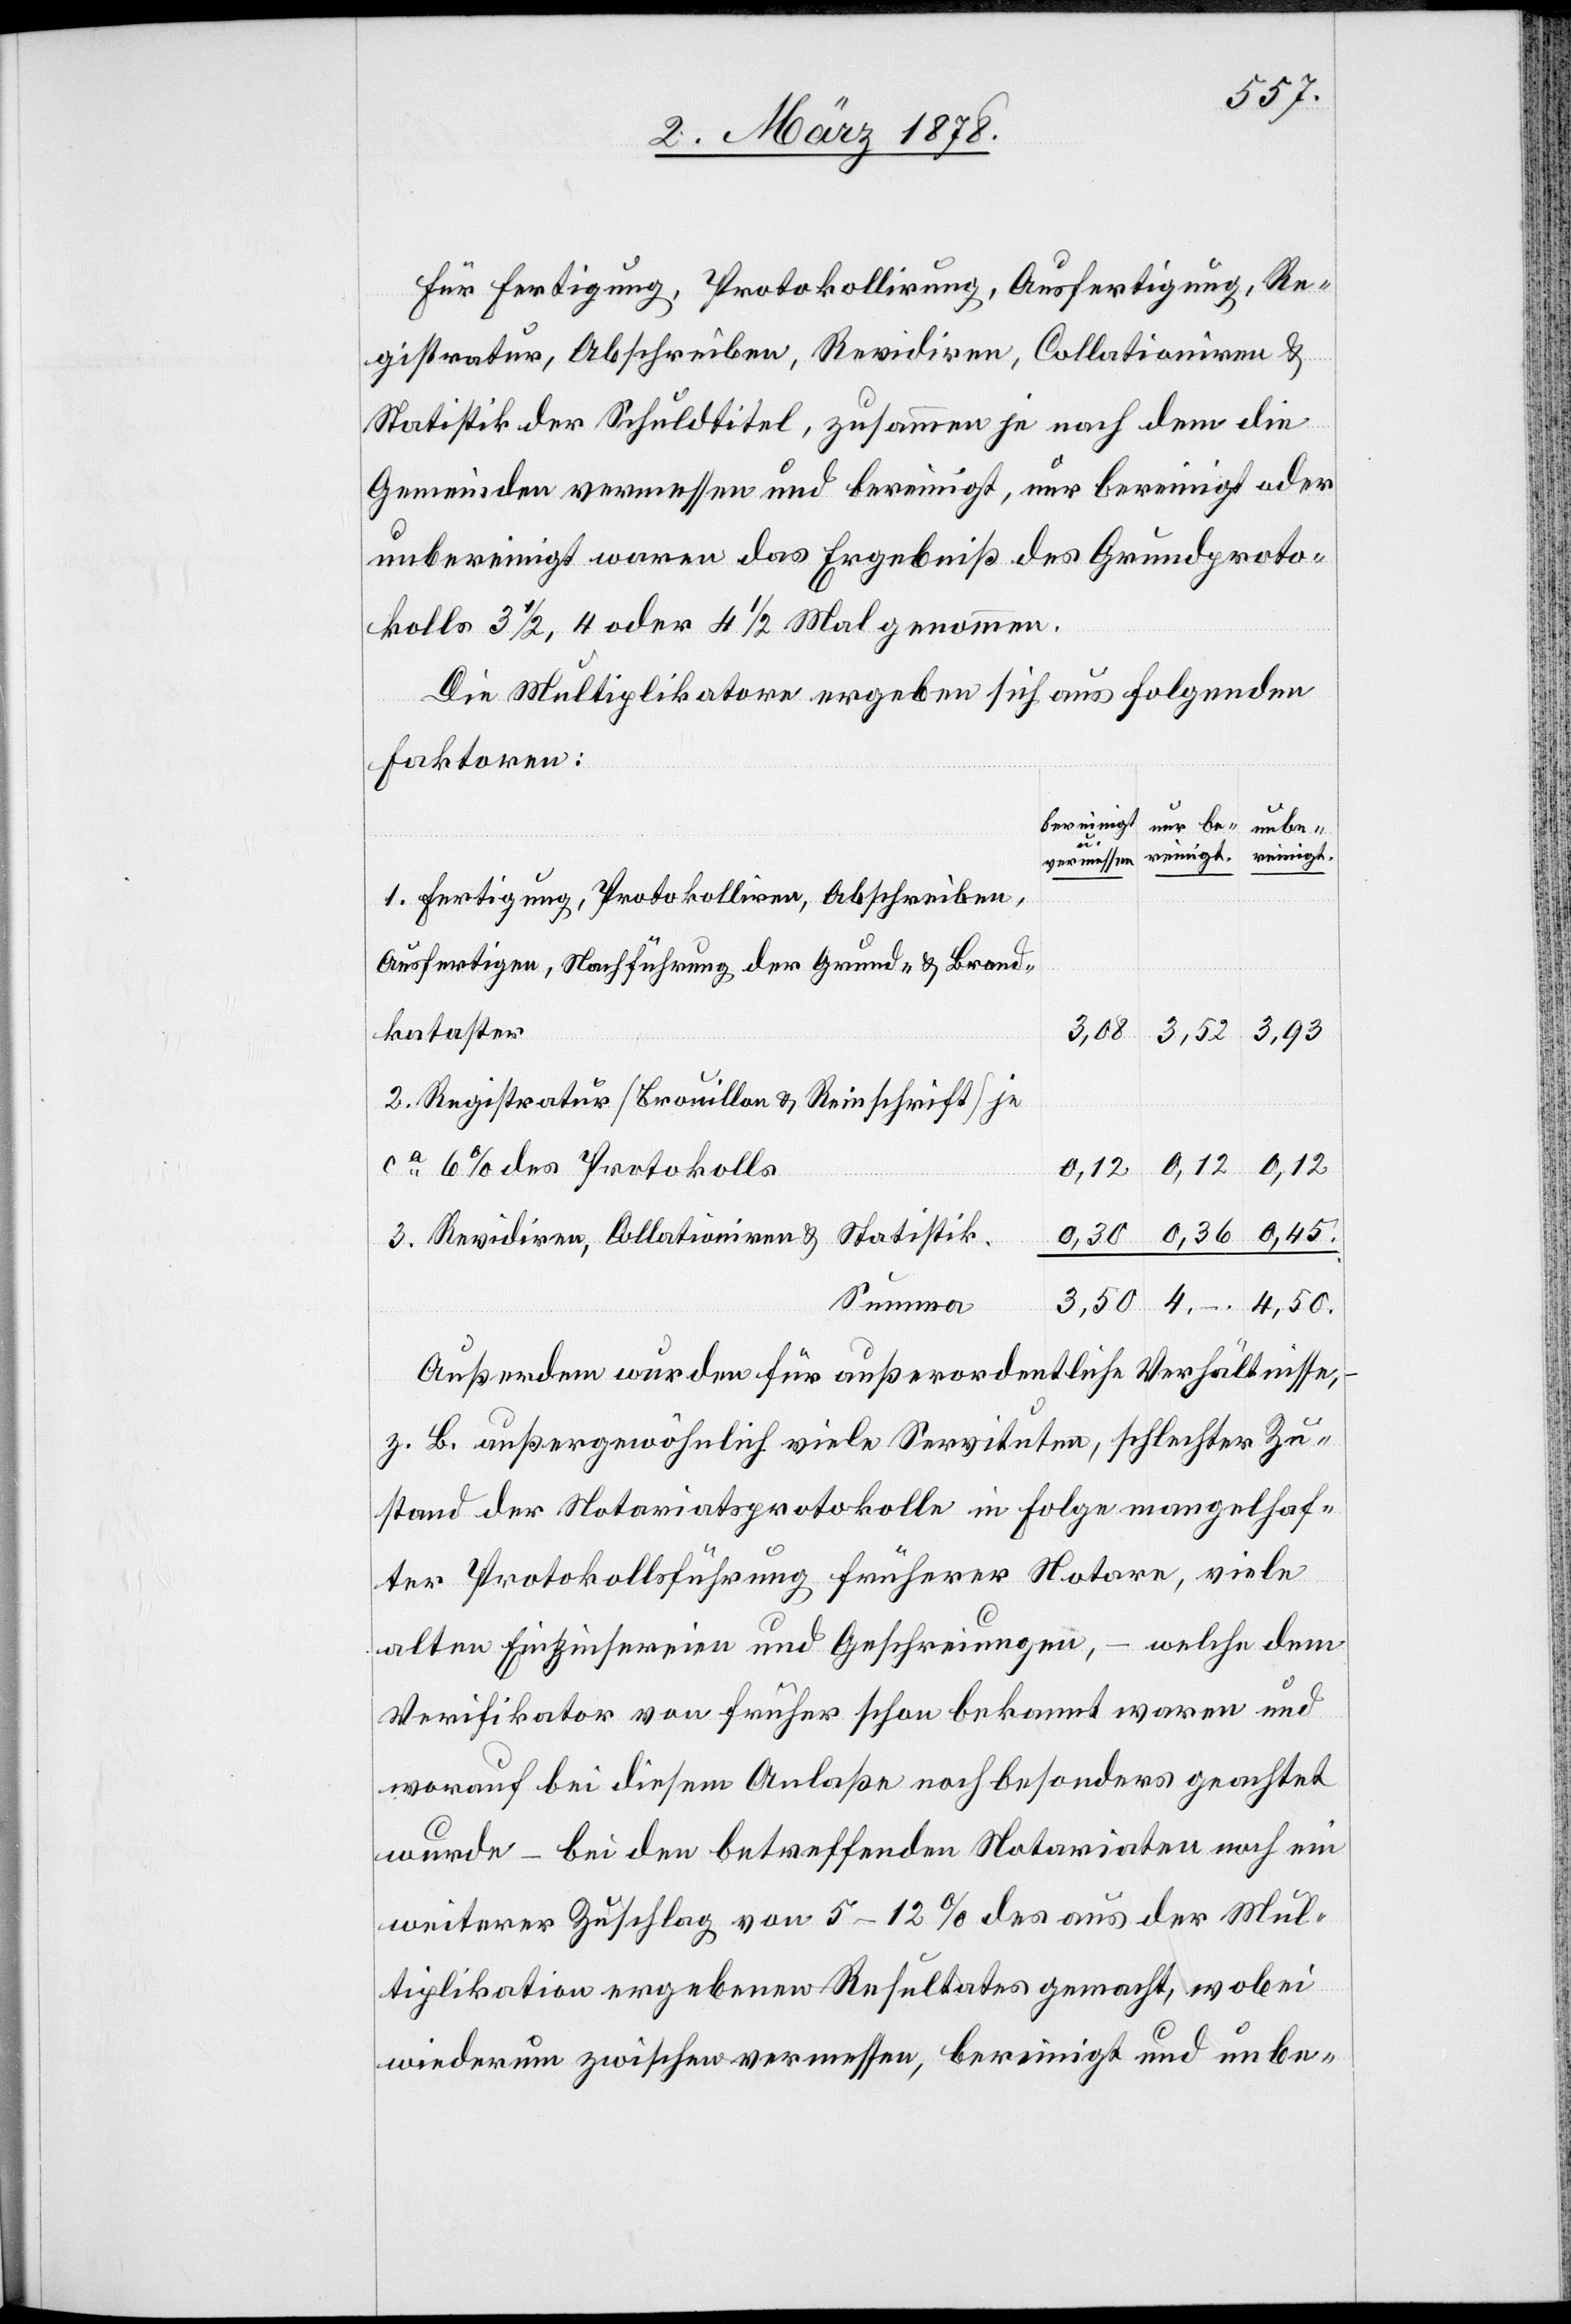
Für Fertigung, Protokollirung, Ausfertigung, Re¬
gistratur, Abschreiben, Revidiren, Collationiren &
Statistik der Schuldtitel, zusammen je nach dem die
Gemeinden vermessen und bereinigt, nur bereinigt oder
unbereinigt waren das Ergebniß des Grundproto¬
kolls 3 1/2, 4 oder 4 1/2 genommen.
Die Multiplikatoren ergeben sich aus folgenden
Faktoren:
bereinigt.]
vermessen.]
1. Fertigung, Protokolliren, Abschreiben,
Ausfertigen, Nachführung der Grund- & Brand¬
kataster
3,08
2. Registratur (Brouillon & Reinschrift) je
ca 6% des Protokolls.
0,12
4,50
3. Revidiren, Collationiren & Statistik
Summa
3,50
Außerdem wurden für außerordentliche Verhältnisse,
z. B. außergewöhnlich viele Servituten, schlechter Zu¬
stand der Notariatsprotokollle in Folge mangelhaf¬
ter Protokollsführung früherer Notare, viele
alten Einzinsereien und Geschreiungen, – welche dem
Verifikator von früher schon bekannt waren und
worauf bei diesem Anlaße noch besonders geachtet
wurde – bei den betreffenden Notariaten noch ein
weiterer Zuschlag von 5–12% des aus der Mul¬
tiplikation ergebenen Resultates gemacht, wobei
wiederum zwischen vermessen, bereinigt und unbe-